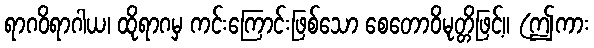
ရာဂဝိရာဂါယ၊ ထိုရာဂမှ ကင်းကြောင်းဖြစ်သော စေတောဝိမုတ္တိဖြင့်။ (ဤကား